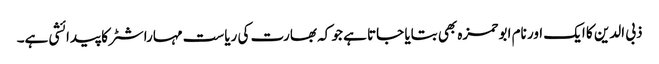
ذبی الدین کا ایک اور نام ابو حمزہ بھی بتایا جاتا ہے جو کہ بھارت کی ریاست مہاراشٹر کا پیدائشی ہے۔